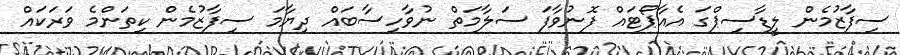
ސިފާޒުމެން ލީޑާސިޕްގަ އެއާޕޯޓައް ފޮނުވާފަ ސަލާމަތް ނުވާހިސާބައް ދިޔާމަ ސިފާޒުމެން ކިތަންމެ ވަރަކައް